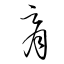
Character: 胥